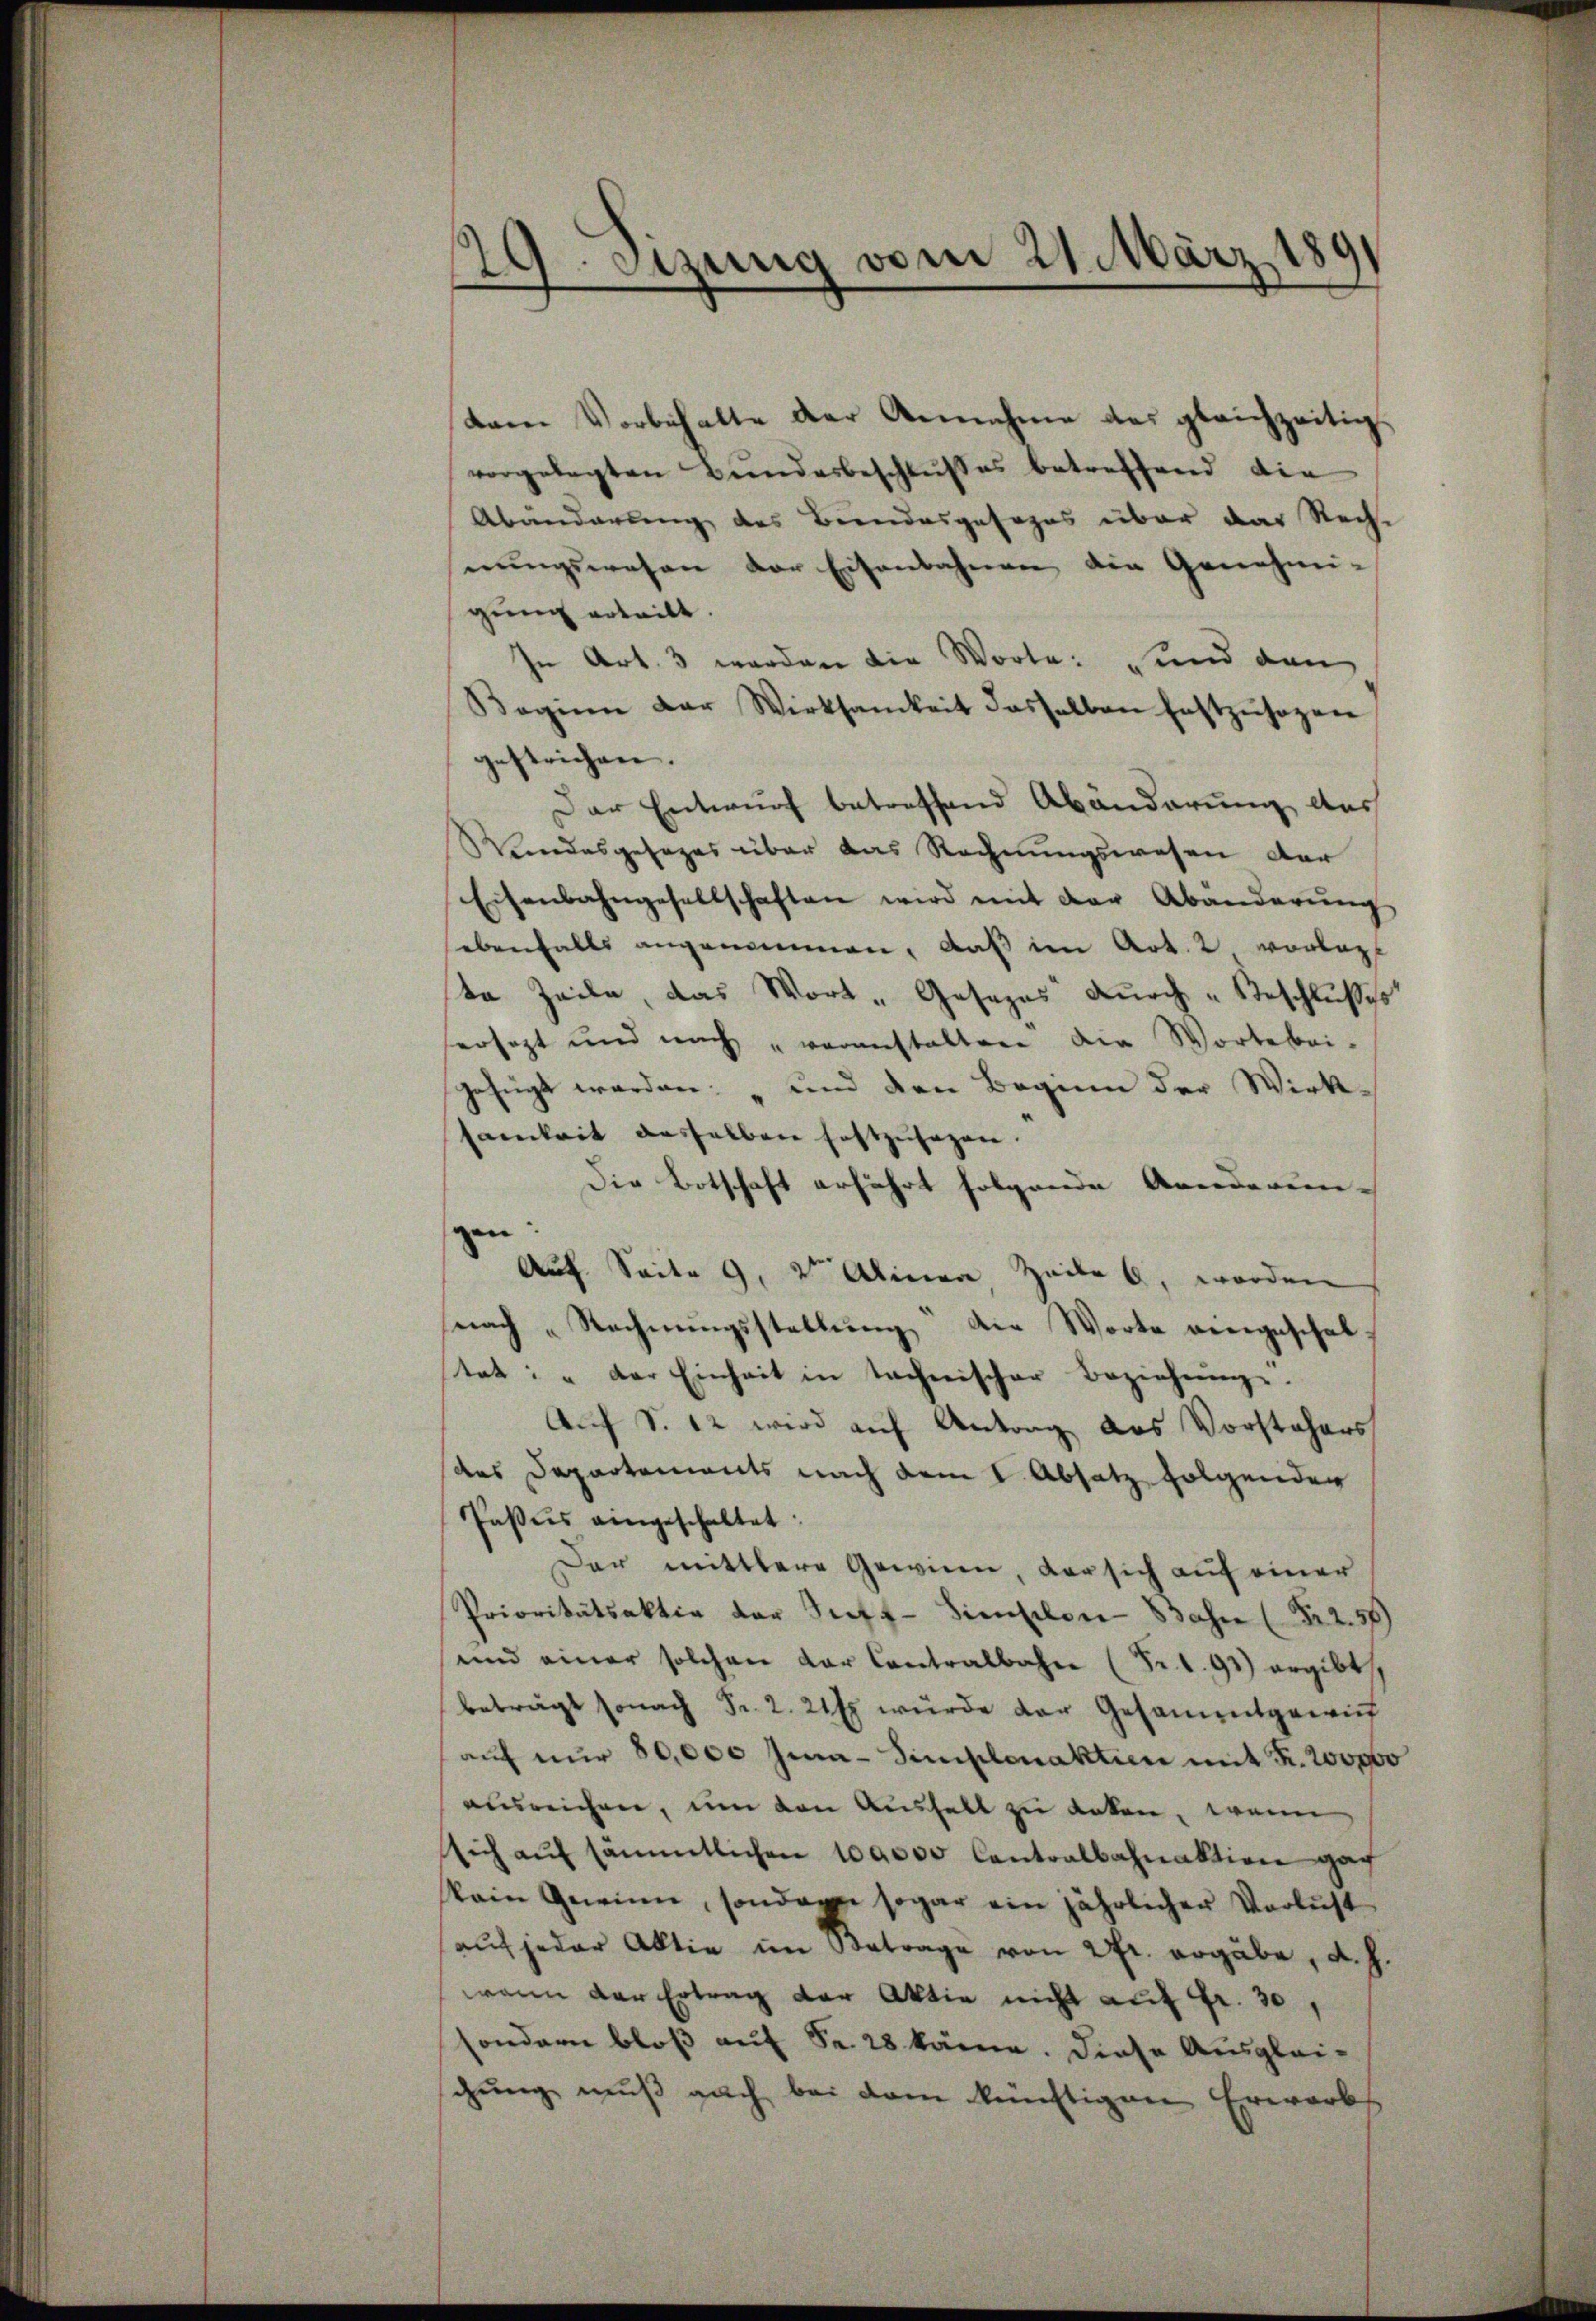
s
29. Sitzung vom 21. März 1891

tam Vorbehalte der Annahme des gleichzeitig
vorgelegten Bundesbeschlußes betreffend die
Abänderung des Brandesgefages über das Recht
nungswesen der Eisenbahnen die Genehmi-
gung erteilt.
In Art. 3 werden die Worte: und den
Beginn der Wirksamkeit dasselben festzŭsozen
gestrichen.
Der Entwurf betreffend Abänderung des
Vandesgesages über das Rechnungswesen der
Eisenbahngesellschaften wird mit der Abänderŭng
sebenfalls angenommen, daß im Art. 2 vorlass
ste Zeile, das Wort „Gesezes durch „Beschlußes
hersagt und nach „voranstalten die Wortebri-
gefügt werden: „und den Beginn der Wirk-
samkeit dasselben hoftzusagen.
Die Botschaft erfahrt folgende Aenderun-
g
e
 Auf Seite 9, 2te Alinen, Zeile 6, worden
snach „Rechnŭngsstellŭng die Worte eingeschal-
stat: " der Einheit in technischer Beziehung.
Auch S. 12 wird auf Antrag das Vorstehers
das Departements nach dem I. Absatz folgenden
Pasies eingeschaltet:
Dar mittlere Gewinn, der sich auf einer
Prioritätsaktiv der Suff-Sinschen Bahn (Fr. 256)
und einer solchen der Contralbahn (Fr. 1.93) ergibt.
beträgt sonach Fr. 2. 21 s. wurde der Gesammtgewich
aŭf nŭr 80,000 Juna-Simplenaktien mit Fr. 200000
ausreichen, um den Aushalt zu acken, wenn
sich aŭf sämmtlichen 100000 Contralbahnaktion gan
kain Gewinn, sondern sogar ein jährlicher Verlust
auf jeder Aktie im Betrage von 2fr. ergäbe, d. J.
wann der Ertrag der Aktie nicht auf Fr. 30,
sondern bloß auf Fr. 28 käme. Diese Ausglei-
schung muß auch bei dem künftigen Erwarb,